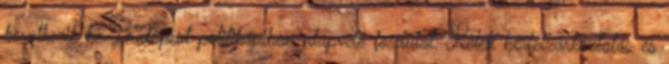
következik be Budapest politikájában alapvető fordulat. Keleti bérfelzárkóztatás és